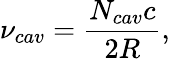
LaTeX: \nu_{cav}=\frac{N_{cav}c}{2R},